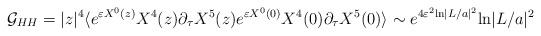
\begin{align*}{\cal G}_{HH} = |z|^4\langle e^{\varepsilon X^0 (z)}X^4(z)\partial_\tau X^5(z)e^{\varepsilon X^0 (0)}X^4(0)\partial_\tau X^5 (0)\rangle \sim e^{4\varepsilon^2 {\rm ln}|L/a|^2} {\rm ln}|L/a|^2\end{align*}